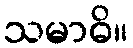
သမာဓိ။